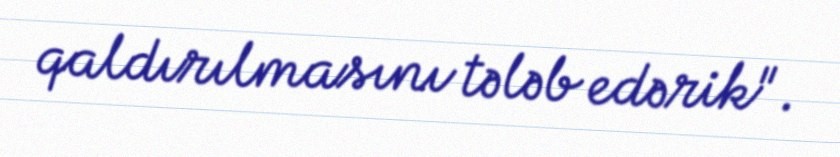
qaldırılmasını tələb edərik".